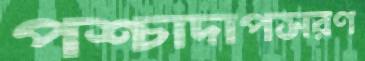
পশ্চাদাপসরণ